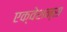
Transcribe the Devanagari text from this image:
एक्वेशन्स